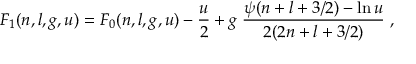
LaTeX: F _ { 1 } ( n , l , g , u ) = F _ { 0 } ( n , l , g , u ) - \frac { u } { 2 } + g \; \frac { \psi ( n + l + 3 / 2 ) - \ln u } { 2 ( 2 n + l + 3 / 2 ) } \; ,